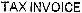
TAX INVOICE